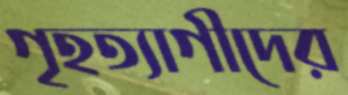
গৃহত্যাগীদের